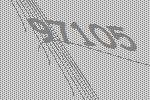
97105